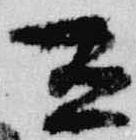
有